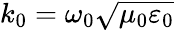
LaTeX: k_{0}=\omega_{0}\sqrt{\mu_{0}\varepsilon_{0}}